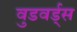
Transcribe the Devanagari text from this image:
वुडवर्ड्स